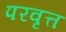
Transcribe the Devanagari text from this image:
परवृत्त